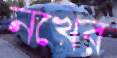
নখের